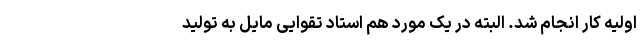
اولیه کار انجام شد. البته در یک مورد هم استاد تقوایی مایل به تولید